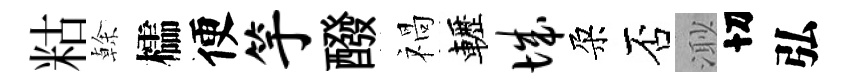
䊀𠏉櫺便竽醱禍轣城朶否𣺌切弘